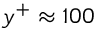
y ^ { + } \approx 1 0 0